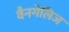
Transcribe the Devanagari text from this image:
वैनगेलिज